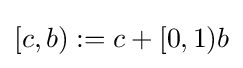
[c,b):=c+[0,1)b